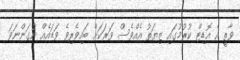
ވާތީ އެ އޮޑިޓް ކުރުމުގައި ޒިޔަތު އެއްވެސް ވަރަކަށް ބައިވެރިވެ ވަޑައެއް ނުގަންނަވަ